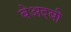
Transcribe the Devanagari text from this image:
बेअदबी